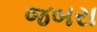
જબરા